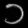
Digit: ၁